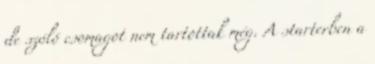
de szóló csomagot nem tartottak még. A starterben a